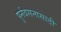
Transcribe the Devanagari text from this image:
पुर्नवसनासाठी